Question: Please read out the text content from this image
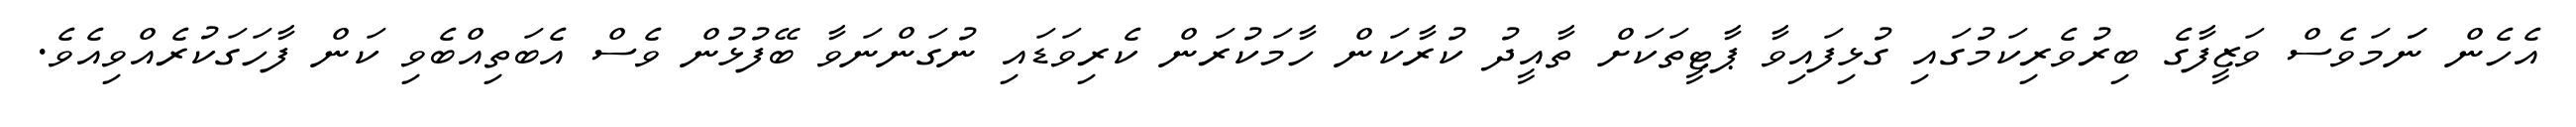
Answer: އެހެން ނަަމަވެސް ވަޒީފާގެ ބިރުވެރިކަމުގައި ގުޅިފައިވާ ޕާޓީތަކަށް ތާއީދު ކުރާކަން ހާމަކުރަން ކެރިވަޑައި ނުގަންނަވާ ބޭފުޅުން ވެސް އެބަތިއްބެވި ކަން ފާހަގަކުރެއްވިއެވެ.